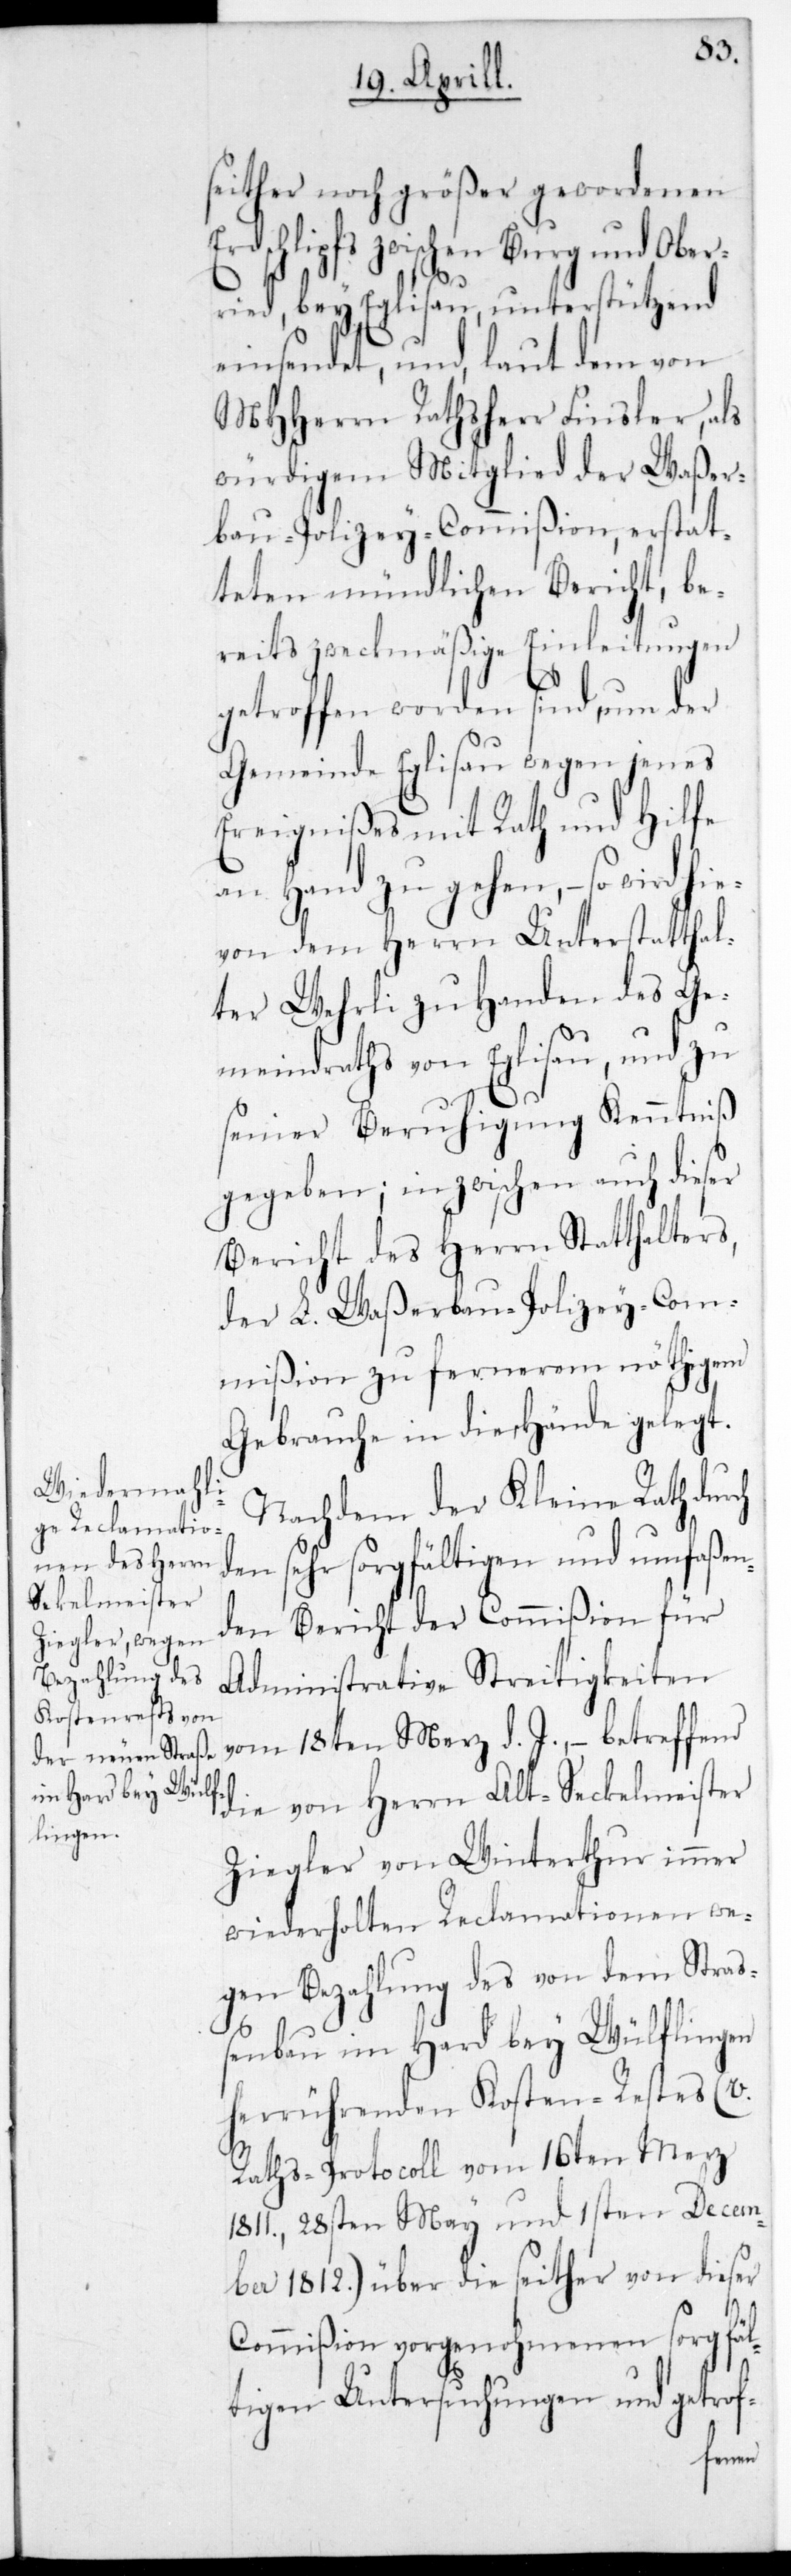
seither noch größer gewordenen
Erdschlipfs zwischen Burg und Ober¬
ried bey Eglisau, unterstützend
einsendet, und laut dem von
MHHerrn Rathsherr Finsler, als
würdigem Mitglied der Waßer¬
bau-Polizey-Commißion, erstat¬
teten mündlichen Bericht, be¬
reits zweckmäßige Einleitungen
getroffen worden sind, um der
Gemeinde Eglisau wegen jenes
Ereignißes mit Rath und Hilfe
an Hand zu gehen, – so wird
von dem Herrn Unterstatthal¬
ter Wehrli zu Handen des Ge¬
meindraths von Eglisau, und zu
seiner Beruhigung Kenntniß
gegeben; inzwischen auch dieser
Bericht des Herrn Statthalters,
der L. Waßerbau-Polizey-Com¬
mißion zu fernerem nöthigem
Gebrauche in die Hände gelegt.
Nachdem der Kleine Rath durch
sehr sorgfältigen und umfaßen¬
den Bericht der Commißion für
administrative Streitigkeiten
vom 18ten Merz d. J., – betreffend
die von Herrn Alt-Seckelmeister
Ziegler von Winterthur immer
wiederholten Reclamationen we¬
gen Bezahlung des von dem Stra¬
ßenbau im Hard bey Wülflingen
herrührenden Kosten-Restes (v.
Raths-Protocoll vom 16ten Merz
1811., 28sten May und 1sten Decem¬
ber 1812.) über die seither von dieser
Commißion vorgenohmenen sorgfäl¬
tigen Untersuchungen und getrof-
hie¬